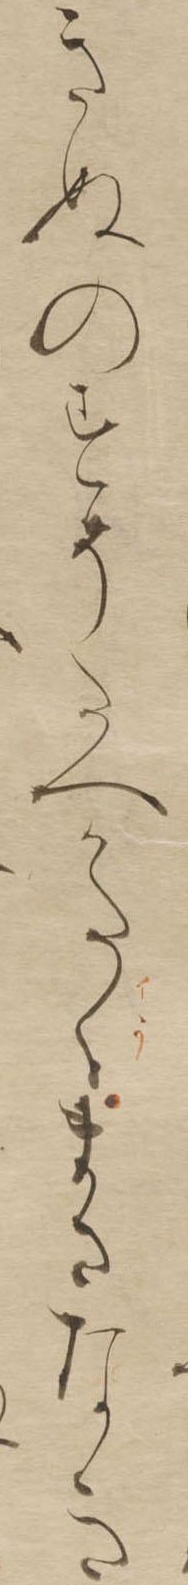
きぬのすそたへかたうまさなき